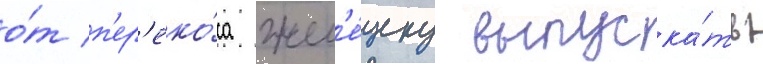
о́т п'ер'еко́са жел'е́зку выпуска́ть